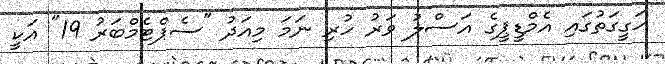
ހަގީގަތުގައި އެމްޑީޕީގެ އަސްލު ވަރު ހުރި ނަމަ މިއަދު "ސެޕްޓެމްބަރު 19" އަކީ